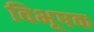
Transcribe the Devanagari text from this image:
विभूषक